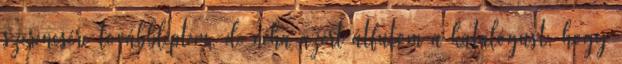
szerencsére továbbléptem, de néha azért átfutom a katalógust, hogy